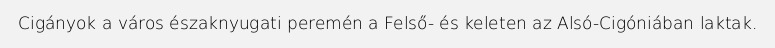
Cigányok a város északnyugati peremén a Felső- és keleten az Alsó-Cigóniában laktak.